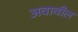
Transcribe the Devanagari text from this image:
अवावील